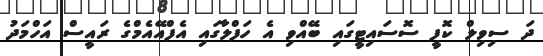
ދަ ސިވިލް ކޮފީ ސޮސައިޓީގައި ބޭއްވި އެ ހަފްލާގައި އެފްއޭއެމްގެ ރައީސް އަހްމަދު